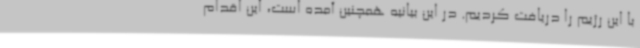
با این رژیم را دریافت کردیم. در این بیانیه همچنین آمده است، این اقدام